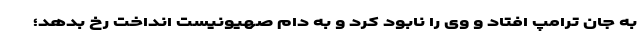
به جان ترامپ افتاد و وی را نابود کرد و به دام صهیونیست انداخت رخ بدهد؛